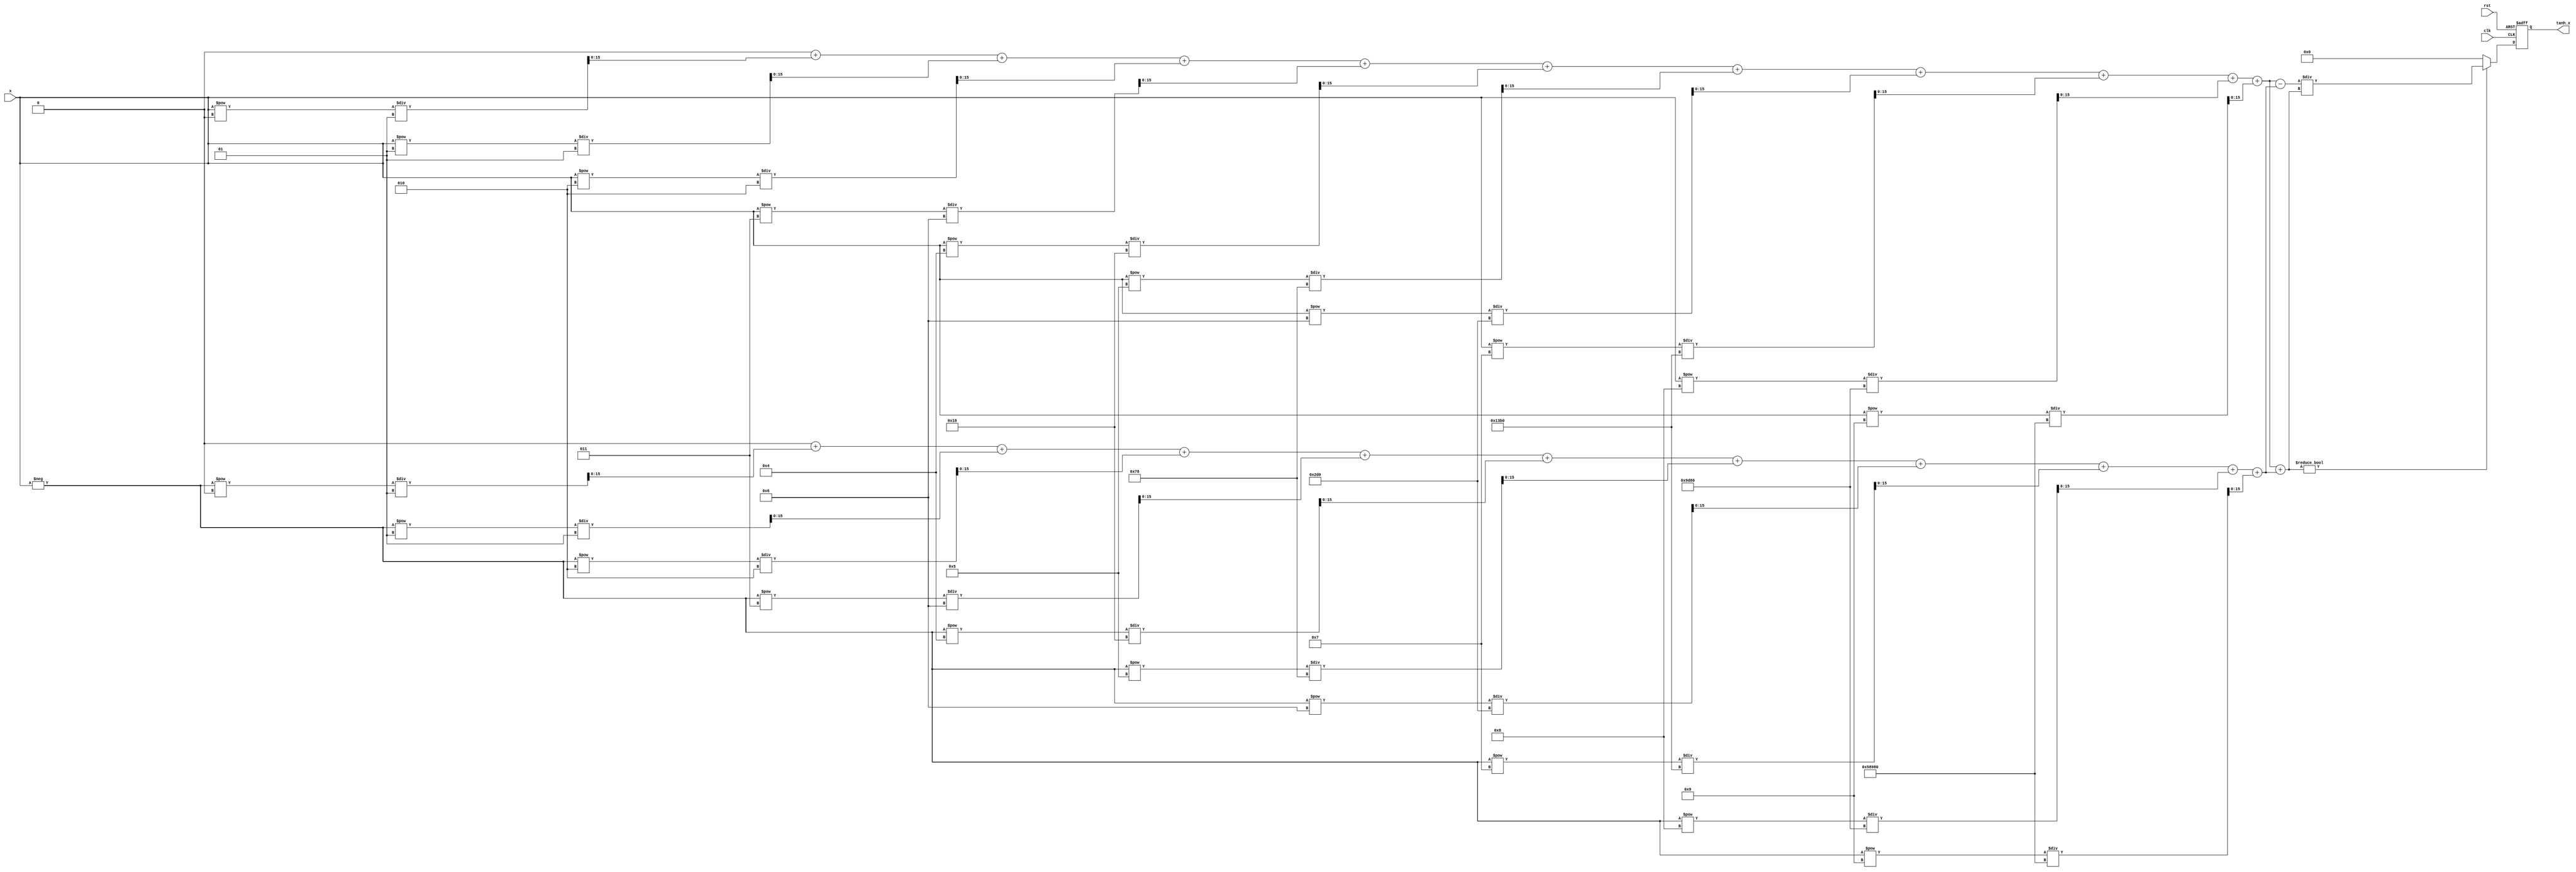
module tanh_block #(
    parameter WIDTH_IN = 16,   // Input width
    parameter WIDTH_OUT = 16    // Output width
)(
    input wire clk,
    input wire rst,
    input wire [WIDTH_IN-1:0] x, // Input signal
    output reg [WIDTH_OUT-1:0] tanh_x // Output signal
);

    // Internal signals
    reg signed [WIDTH_OUT-1:0] exp_x;
    reg signed [WIDTH_OUT-1:0] exp_neg_x;
    reg signed [WIDTH_OUT-1:0] numerator;
    reg signed [WIDTH_OUT-1:0] denominator;

    // Exponential function approximation (using Taylor series)
    function signed [WIDTH_OUT-1:0] exp_approx;
        input signed [WIDTH_IN-1:0] value;
        reg signed [WIDTH_OUT-1:0] result;
        integer i;
        begin
            result = 0;
            for (i = 0; i < 10; i = i + 1) begin
                result = result + (value ** i) / factorial(i);
            end
            exp_approx = result;
        end
    endfunction

    // Factorial function
    function integer factorial;
        input integer n;
        integer i;
        begin
            factorial = 1;
            for (i = 1; i <= n; i = i + 1) begin
                factorial = factorial * i;
            end
        end
    endfunction

    // Main computation
    always @(posedge clk or posedge rst) begin
        if (rst) begin
            tanh_x <= 0;
        end else begin
            // Compute e^x and e^-x
            exp_x = exp_approx(x);
            exp_neg_x = exp_approx(-x);
            
            // Compute numerator and denominator
            numerator = exp_x - exp_neg_x;
            denominator = exp_x + exp_neg_x;
            
            // Compute tanh(x)
            if (denominator != 0) begin
                tanh_x <= numerator / denominator; // Division
            end else begin
                tanh_x <= 0; // Handle division by zero
            end
        end
    end

endmodule